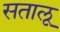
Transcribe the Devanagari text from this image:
सतालू